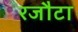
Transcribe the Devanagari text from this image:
रजौटा